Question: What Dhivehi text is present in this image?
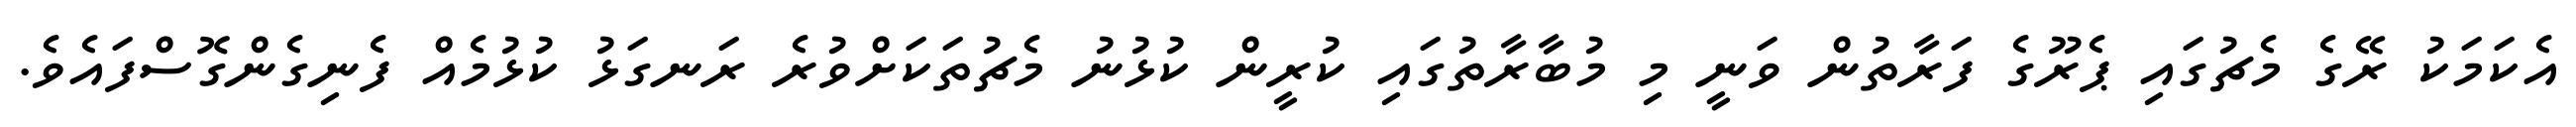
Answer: އެކަމަކު ރޭގެ މެޗުގައި ޕެރޫގެ ފަރާތުން ވަނީ މި މުބާރާތުގައި ކުރީން ކުޅުނު މެޗުތަކަށްވުރެ ރަނގަޅު ކުޅުމެއް ފެނިގެންގޮސްފައެވެ.